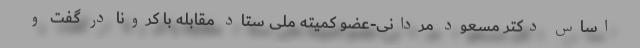
اساس دکتر مسعود مردانی-عضو کمیته ملی ستاد مقابله با کرونا در گفت و